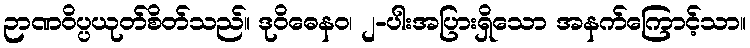
ဉာဏဝိပ္ပယုတ်စိတ်သည်။ ဒုဝိဓေနဝ၊ ၂-ပါးအပြားရှိသော အနက်ကြောင့်သာ။